Bréfritari: Ingibjörg Eggertsdóttir
Viðtakandi: Daníel Halldórsson
Dagsetning: A-1871-12-17
Skrifað á: Ríp  Skag.

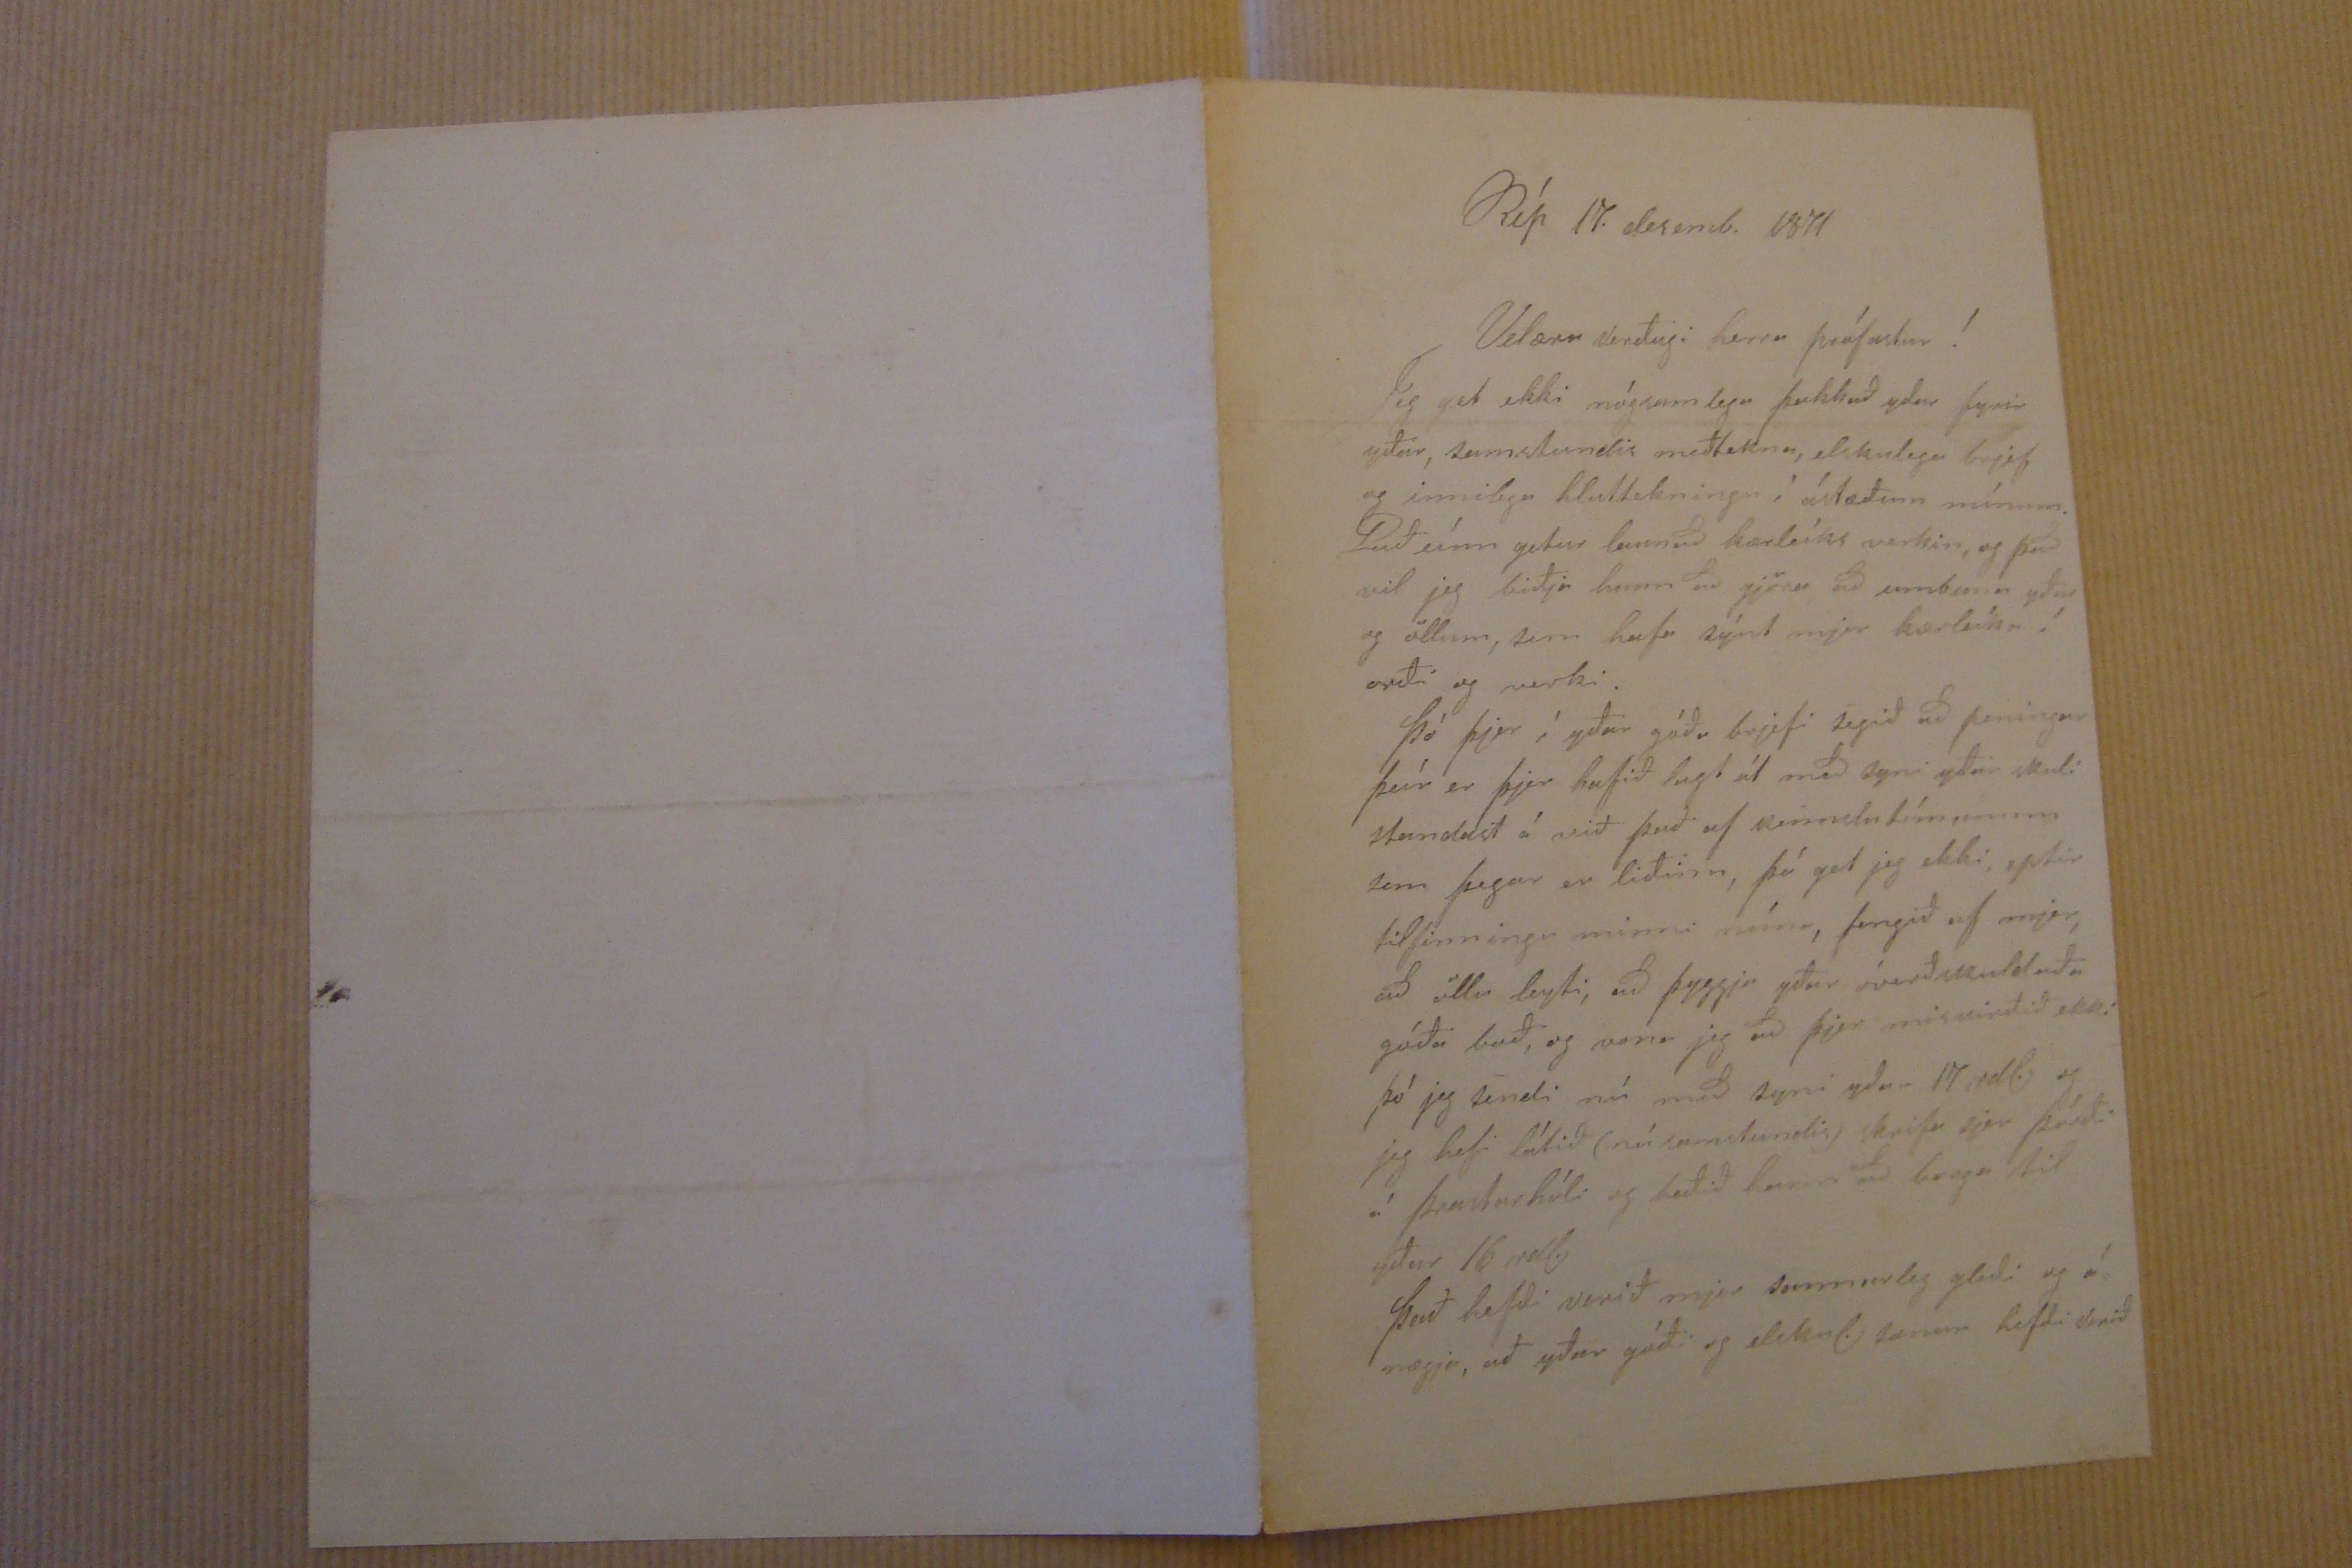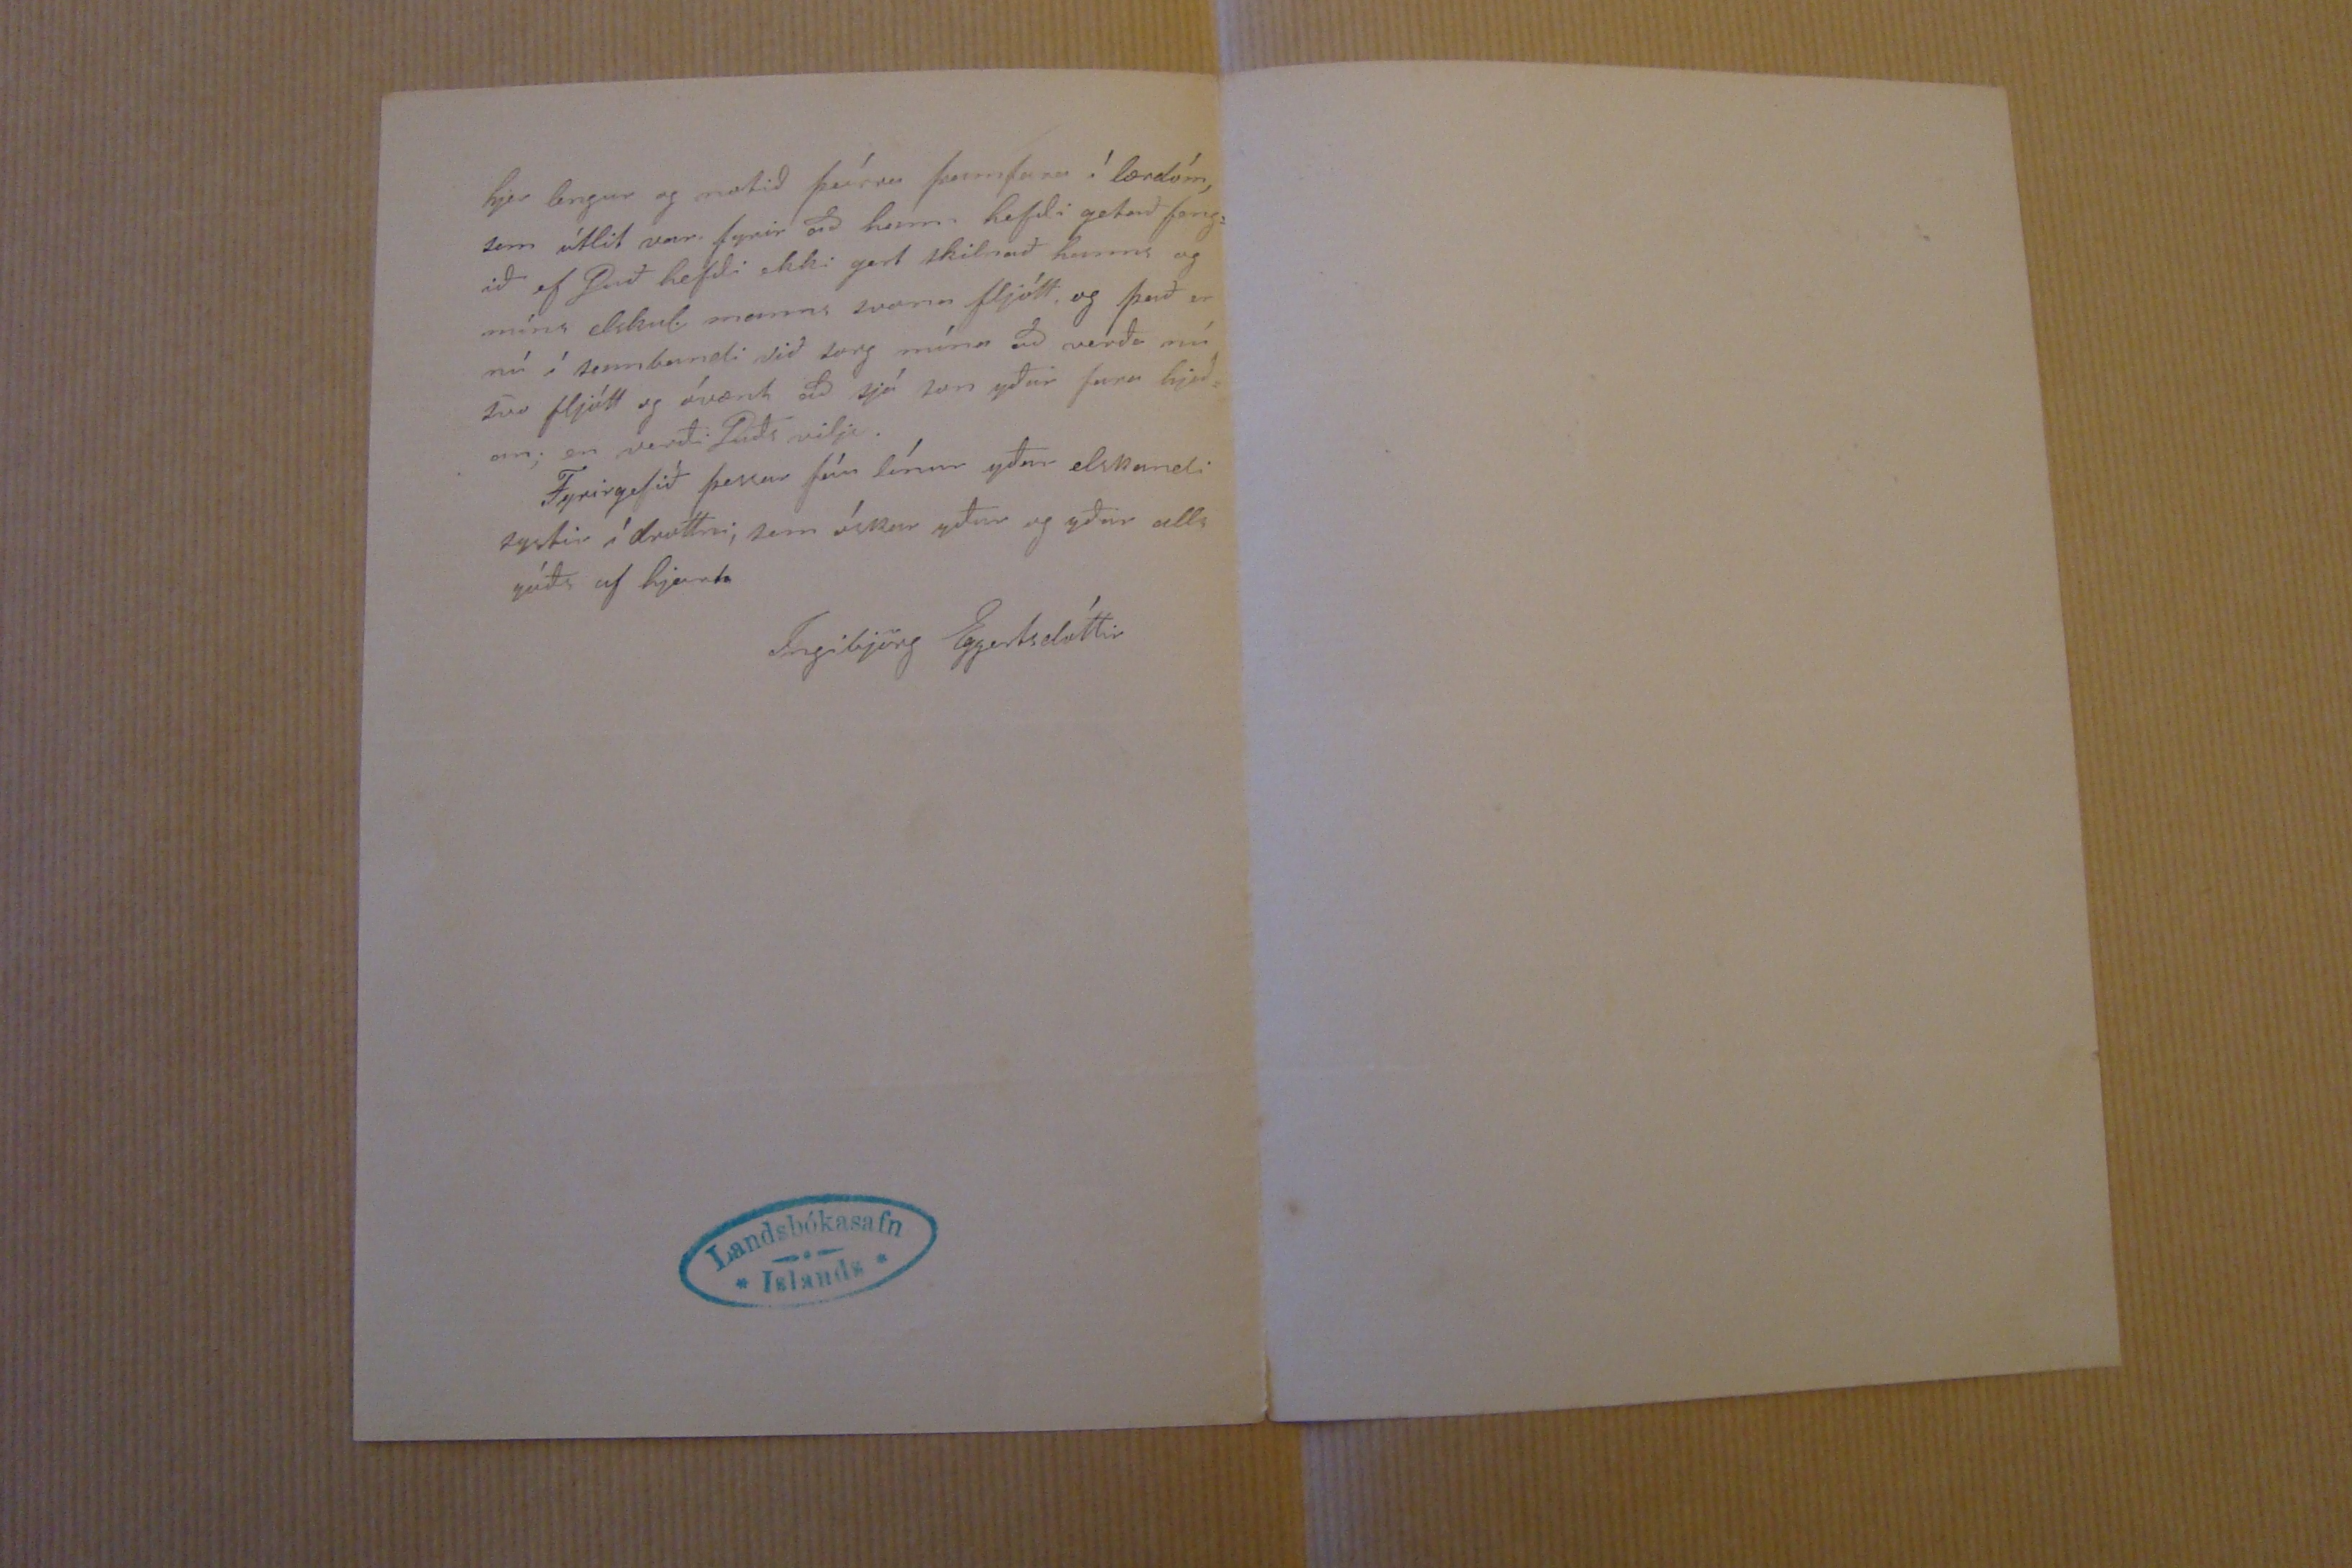

Rif 17. desemb. 1871
Velæru verðugi herra prófastur!
Jeg get ekki nógsamlega þakkað yður fyrir yðar, samstundis meðtekna, elskulega brjef og innilega hluttekningu í ástæðum mínum. Guð eínn getur launað kærleíks verkin, og það vil jeg biðja hann að gjöra að umbuna yður og öllum, sem hafa sýnt mjer kærleika í orði og verki. Þó þjer í yðar góða brjefi segið að peningar þeír er þjer hafið lagt út með syni yðar
skuli
standast á við það af
renntutímunum
sem þegar er liðinn, þá get jeg ekki, eptir tilfinningu minni núna, fengið ef mjer, að öllu leyti, að þyggja yðar óverðskuldaða góða Guð, og vona jeg að þjer misvirðið ekki þó jeg sendi nú með syni yðar 17 rdl og jeg hefi látið (nú samstundis) skrifa sjer þórði á þrastarhóli og beðið hann að borga til yðar 16 rdl. Það hefði verið mjer sannarleg gleði og á= nægja, að yðar góði og elskul. sonur hefði verið
hjer lengur og notið þeírra framfara í lærdóm, sem útlit var fyrir að hann hefði getað feng= ið ef Guð hefði ekki gert skilnað hanns og míns elskul. manns svona fljótt og það er nú í sambandi við sorg mína að verða nú svo fljótt og óvænt að sjá son yðar fara hjeð= an; en verði Guðs vilji. Fyrirgefið þessar fáu línur yðar elskandi systir í drottni, sem óskar yður og yðar alls góðs af hjarta
Ingibjörg Eggertsdóttir